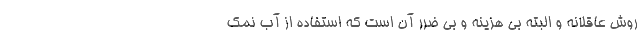
روش عاقلانه و البته بی هزینه و بی ضرر آن است که استفاده از آب نمک